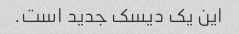
این یک دیسک جدید است.